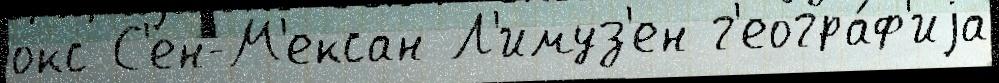
окс С'ен-М'ексан Л'имуз'ен г'еогра́ф'иjа